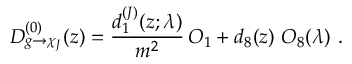
D _ { g \rightarrow \chi _ { J } } ^ { ( 0 ) } ( z ) = \frac { d _ { 1 } ^ { ( J ) } ( z ; \lambda ) } { m ^ { 2 } } \, O _ { 1 } + d _ { 8 } ( z ) \ O _ { 8 } ( \lambda ) \ .